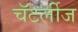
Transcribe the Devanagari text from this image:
चॅटर्लीज